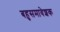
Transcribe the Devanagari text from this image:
बहुसमावेशक